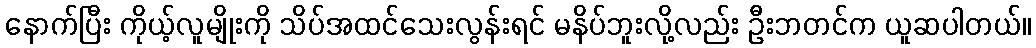
နောက်ပြီး ကိုယ့်လူမျိုးကို သိပ်အထင်သေးလွန်းရင် မနိပ်ဘူးလို့လည်း ဦးဘတင်က ယူဆပါတယ်။